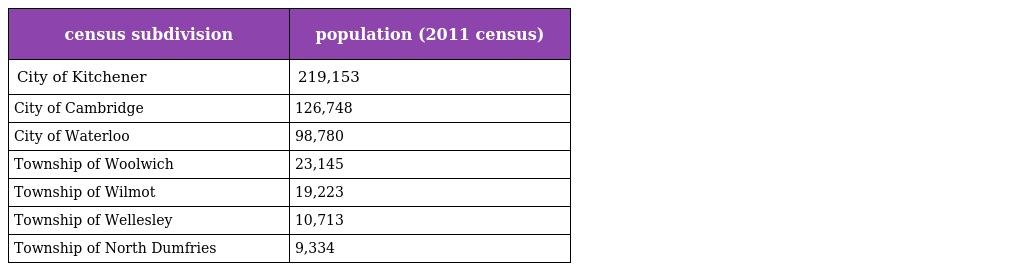
| census subdivision | population (2011 census) |
 | --- | --- |
 | City of Kitchener | 219,153 |
 | City of Cambridge | 126,748 |
 | City of Waterloo | 98,780 |
 | Township of Woolwich | 23,145 |
 | Township of Wilmot | 19,223 |
 | Township of Wellesley | 10,713 |
 | Township of North Dumfries | 9,334 |